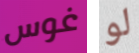
غوس لو